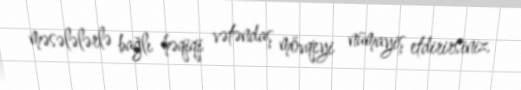
məsələlərlə bağlı həqiqi vətəndaş mövqeyi nümayiş etdirirsiniz.